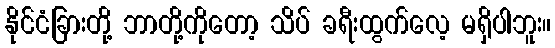
နိုင်ငံခြားတို့ ဘာတို့ကိုတော့ သိပ် ခရီးထွက်လေ့ မရှိပါဘူး။